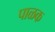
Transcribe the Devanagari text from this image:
पाळक